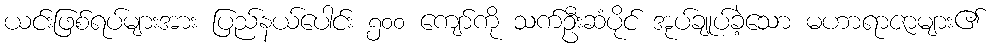
ယင်းဖြစ်ရပ်များအား ပြည်နယ်ပေါင်း ၅၀၀ ကျော်ကို သက်ဦးဆံပိုင် အုပ်ချုပ်ခဲ့သော မဟာရာဇာများ၏